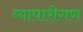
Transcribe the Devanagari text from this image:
व्‍यापारीगण